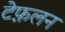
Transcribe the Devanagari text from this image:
टेफ़लन